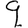
Digit: 9